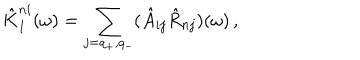
LaTeX: \hat { K } _ { 1 } ^ { n i } ( \omega ) = \sum _ { j = q _ { + } , q _ { - } } ( \hat { A } _ { i j } \hat { R } _ { n j } ) ( \omega ) \, ,